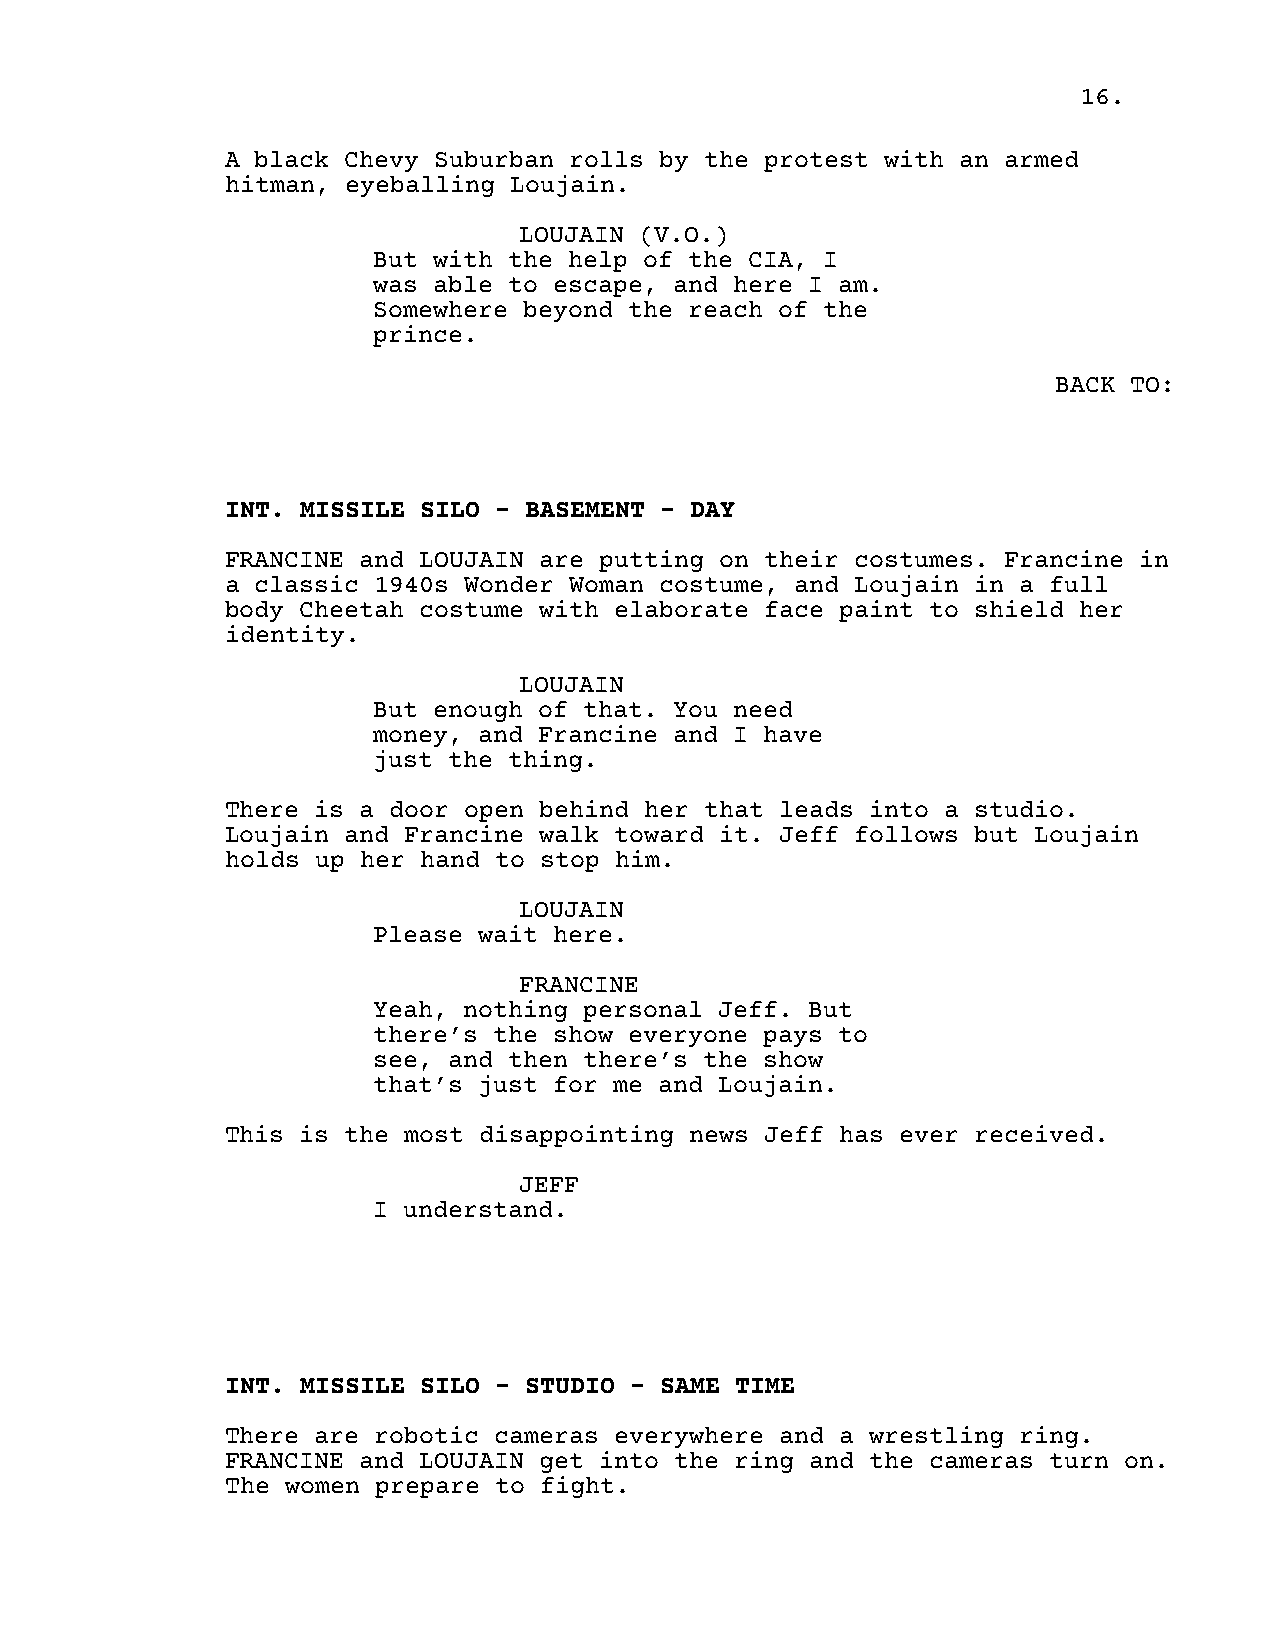
16.
 A black Chevy Suburban rolls by the protest with an armed
 hitman, eyeballing Loujain.
 LOUJAIN (V.O.)
 But with the help of the CIA, I
 was able to escape, and here I am.
 Somewhere beyond the reach of the
 prince.
 BACK TO:
 INT. MISSILE SILO - BASEMENT - DAY
 FRANCINE and LOUJAIN are putting on their costumes. Francine in
 a classic 1940s Wonder Woman costume, and Loujain in a full
 body Cheetah costume with elaborate face paint to shield her
 identity.
 LOUJAIN
 But enough of that. You need
 money, and Francine and I have
 just the thing.
 There is a door open behind her that leads into a studio.
 Loujain and Francine walk toward it. Jeff follows but Loujain
 holds up her hand to stop him.
 LOUJAIN
 Please wait here.
 FRANCINE
 Yeah, nothing personal Jeff. But
 there’s the show everyone pays to
 see, and then there’s the show
 that’s just for me and Loujain.
 This is the most disappointing news Jeff has ever received.
 JEFF
 I understand.
 INT. MISSILE SILO - STUDIO - SAME TIME
 There are robotic cameras everywhere and a wrestling ring.
 FRANCINE and LOUJAIN get into the ring and the cameras turn on.
 The women prepare to fight.